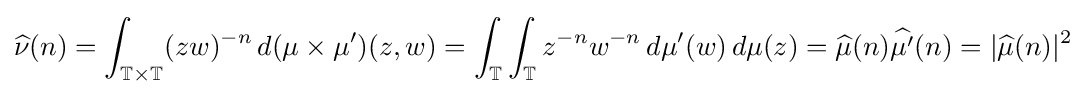
{\widehat {\nu }}(n)=\int _{\mathbb {T} \times \mathbb {T} }(zw)^{-n}\,d(\mu \times \mu ')(z,w)=\int _{\mathbb {T} }\int _{\mathbb {T} }z^{-n}w^{-n}\,d\mu '(w)\,d\mu (z)={\widehat {\mu }}(n){\widehat {\mu '}}(n)=|{\widehat {\mu }}(n)|^{2}